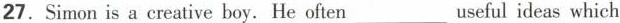
27.Simon is a creative boy.He often___useful ideas which